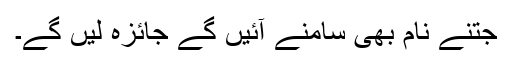
جتنے نام بھی سامنے آئیں گے جائزہ لیں گے۔